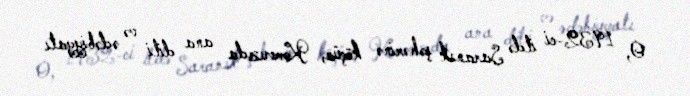
O, 1932-ci ildə Saransk şəhərinə köçür, Komvuzda ana dili və ədəbiyyatı